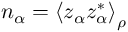
n _ { \alpha } = \left\langle z _ { \alpha } z _ { \alpha } ^ { * } \right\rangle _ { \rho }